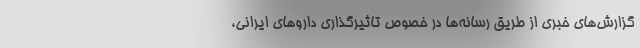
گزارش‌های خبری از طریق رسانه‌ها در خصوص تاثیرگذاری داروهای ایرانی،